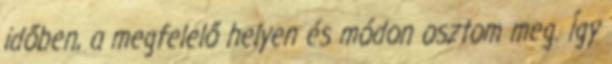
időben, a megfelelő helyen és módon osztom meg. Így